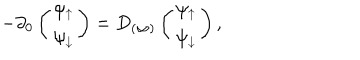
- \partial _ { 0 } \left( \begin{array} { c } { { \psi _ { \uparrow } } } \\ { { \psi _ { \downarrow } } } \\ \end{array} \right) = D _ { ( \infty ) } \left( \begin{array} { c } { { \psi _ { \uparrow } } } \\ { { \psi _ { \downarrow } } } \\ \end{array} \right) ,